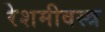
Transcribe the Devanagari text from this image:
रेशमीवस्त्र